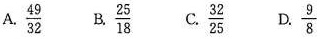
A.\frac{ 49 }{ 32 } B.\frac{ 9 }{ 8 } C.\frac{ 32 }{ 25 } D.\frac{ 25 }{ 18 }